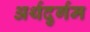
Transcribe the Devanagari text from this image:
अर्थदुर्गम